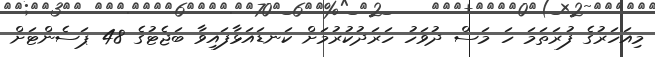
މިއަހަރުގެ ފުރަތަމަ ހަ މަސް ދުވަހު ހަރަދުކުރުމަށް ކަނޑައަޅާފައިވާ ބަޖެޓުގެ 48 ޕަސެންޓަށް